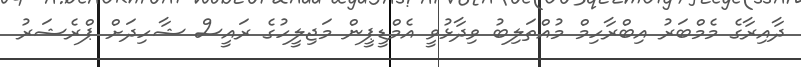
ދާއިރާގެ މެމްބަރު އިބްރާހިމް މުއްތަލިބު ވިދާޅުވީ އެމްޑީޕީން މަޖިލީހުގެ ރައީސް ޝާހިދަށް ޕްރެޝަރު